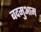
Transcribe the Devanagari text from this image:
बदमुआम